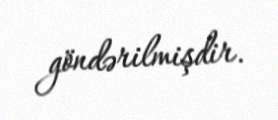
göndərilmişdir.